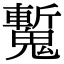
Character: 𩴕